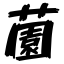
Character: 薗